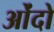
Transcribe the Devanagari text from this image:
ओंदो